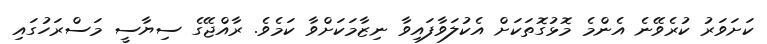
ކަށަވަރު ކުރެވޭނެ އެންމެ މޮޅުގޮތަކަށް އެކުލަވާފައިވާ ނިޒާމަކަށްވާ ކަމެވެ. ރާއްޖޭގެ ސިޔާސީ މަސްރަހުގައި